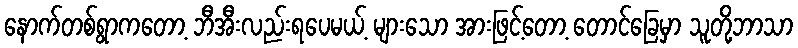
နောက်တစ်ရွာကတော့ ဘီအီးလည်းရပေမယ့် များသော အားဖြင့်တော့ တောင်ခြေမှာ သူတို့ဘာသာ